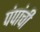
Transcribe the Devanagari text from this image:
पंपांची